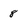
Character: 8